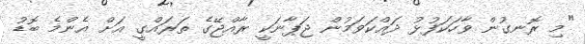
"މި ރޮނގުން ވާހަކަފުޅު ދައްކަވަމުން ޖަޕާނަކީ ރާއްޖޭގެ ތަރައްގީ އަށް އެންމެ ބޮޑު